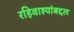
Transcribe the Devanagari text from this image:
रहिवाश्यांबद्दल